Lunatic asylums Punjab 1895-1910 - 1895-1910
Year: 1895
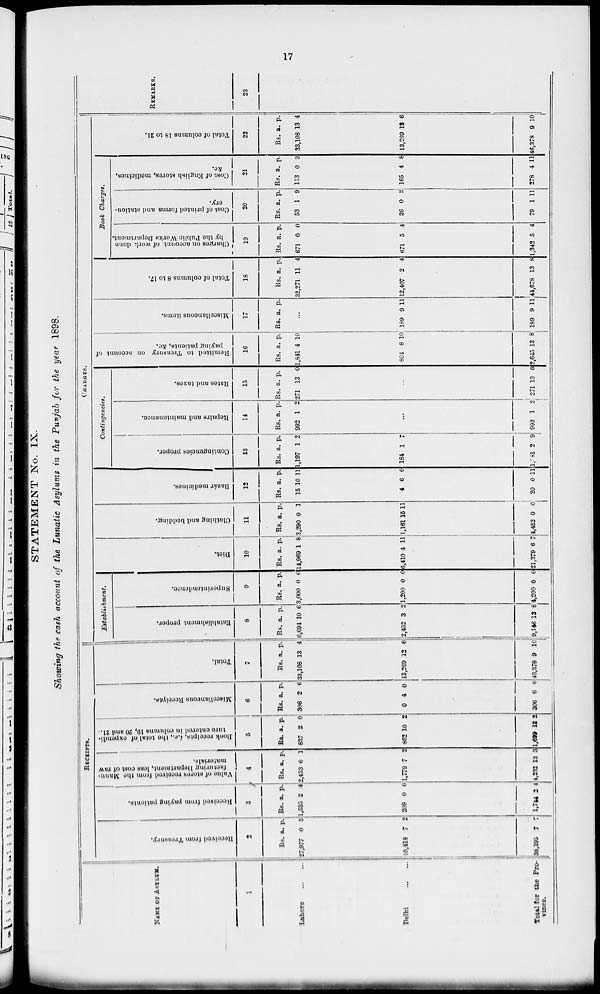
17
STATEMENT No. IX.
Showing the cash account of the Lunatic Asylums in the Punjab for the year 1898.
NAME OF ASYLUM.
1
Lahore ... ...
Delhi
...
...
Total for the Pro-
vince.
RECEIPTS.
Received
from Treasury.
2
Rs.
27,977
10,418
38,395
a.
0
7
7
p.
5
2
7
Received
from paying patients.
3
Rs.
1,535
209
1,744
a.
2
0
2
p.
4
0
4
Value
of stores received
from the Manu-
facturing Department, loss cost of raw
materials.
4
Rs.
2,453
1,779
4,232
a.
6
7
13
p.
1
2
3
Book receipts.
i.e., the total of expendi-
ture entered in columns 10, 20 and 21.
5
Rs.
837
862
1,690
a.
2
10
12
p.
0
2
2
Miscellaneous Receipts.
6
Rs.
306
0
306
a.
2
4
6
p.
6
0
6
Total.
7
Rs.
33,108
13,269
46,378
a.
13
12
9
p.
4
6
10
CHARGES.
Establishment.
Establishment proper.
8
Rs.
6,694
2,452
9,146
a.
10
3
13
p.
6
2
8
Superintendence.
9
Rs.
3,000
1,200
4,200
a.
0
0
0
p.
0
0
0
Diet.
10
Rs.
14,969
6,410
21,379
a.
1
4
6
p.
8
11
7
Clothing and bedding.
11
Rs.
3,290
1,161
4,452
a.
0
15
0
p.
1
11
0
Bazár medicines.
12
Rs.
15
4
20
a.
10
6
0
p.
11
0
11
Contingencies.
Contingencies proper.
13
Rs.
1,197
184
1,381
a.
1
1
2
p.
2
7
9
Repairs and maintenance
14
Rs.
992
a.
1
p.
2
...
992 1 2
Rates and taxes.
15
Rs.
271
a.
13
p.
0
...
271 13 0
Remitted
to Treasury on account of
paying patients, &c.
16
Rs.
1,841
804
2,645
a.
4
8
13
p.
10
10
8
Miscellaneous items.
17
Rs. a. p.
...
189
189
9
9
11
11
Total of columns 8 to 17.
18
Rs.
32,271
12,407
44,678
a.
11
2
13
p.
4
4
8
Book Charges.
Charges on account of work done
by the Public Works Department.
19
Rs.
671
671
1,342
a.
0
5
5
p.
0
4
4
Cost of printed forms and station-
ery.
20
Rs.
53
26
79
a.
1
0
1
p.
9
2
11
Cost of English stores, medicines,
&c.
21
Rs.
113
165
278
a.
0
4
4
p.
3
8
11
Total of columns 18 to 21.
22
Rs.
33,108
13,269
46,378
a.
13
12
9
p.
4
6
10
REMARKS.
23